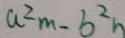
a ^ { 2 } m - b ^ { 2 } n